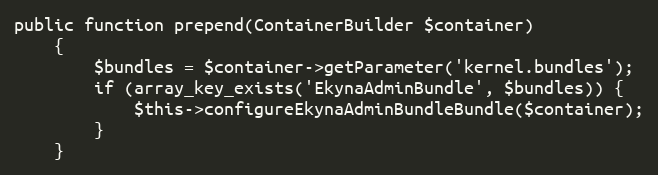
Language: PHP
public function prepend(ContainerBuilder $container)
    {
        $bundles = $container->getParameter('kernel.bundles');
        if (array_key_exists('EkynaAdminBundle', $bundles)) {
            $this->configureEkynaAdminBundleBundle($container);
        }
    }